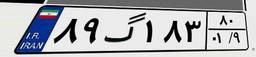
۸۹گ۱۸۳۸۰